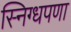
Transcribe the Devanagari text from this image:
स्निग्धपणा